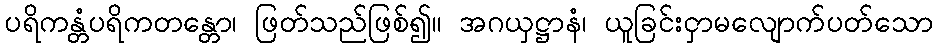
ပရိကန္တံပရိကတန္တော၊ ဖြတ်သည်ဖြစ်၍။ အဂယှဋ္ဌာနံ၊ ယူခြင်းငှာမလျောက်ပတ်သော